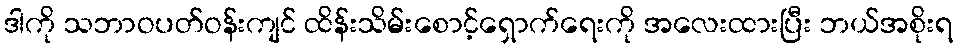
ဒါကို သဘာဝပတ်ဝန်းကျင် ထိန်းသိမ်းစောင့်ရှောက်ရေးကို အလေးထားပြီး ဘယ်အစိုးရ